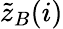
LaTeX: \tilde{z}_{B}(i)